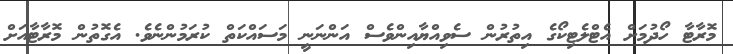
މޮރާޓާ ހޯދުމަށް އެޓްލެޓިކޯގެ އިތުރުން ސެވިއްޔާއިންވެސް އަންނަނީ މަސައްކަތް ކުރަމުންނެވެ. އެގޮތުން މޮރާޓާއަށް